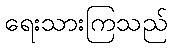
ရေးသားကြသည်